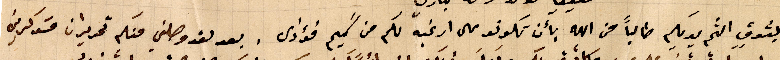
بشوقٍ الثم يديكم طالباً من الله بأن تكونو على ارغبه لكم من سَميم فؤادى. بعد لقد وصلني عنكم تحريران مسَوكرين